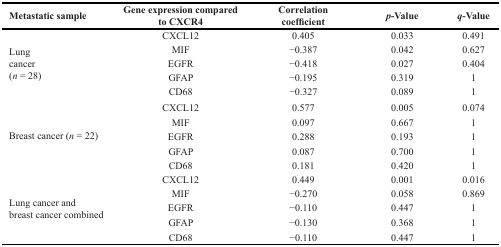
<table><thead><tr><td><b>Metastatic sample</b></td><td><b>Gene expression compared to CXCR4</b></td><td><b>Correlation coefficient</b></td><td><b><i>p</i>-Value</b></td><td><b><i>q</i>-Value</b></td></tr></thead><tbody><tr><td rowspan="5">Lungcancer(<i>n</i> = 28)</td><td>CXCL12</td><td>0.405</td><td>0.033</td><td>0.491</td></tr><tr><td>MIF</td><td>−0.387</td><td>0.042</td><td>0.627</td></tr><tr><td>EGFR</td><td>−0.418</td><td>0.027</td><td>0.404</td></tr><tr><td>GFAP</td><td>−0.195</td><td>0.319</td><td>1</td></tr><tr><td>CD68</td><td>−0.327</td><td>0.089</td><td>1</td></tr><tr><td rowspan="5">Breast cancer (<i>n</i> = 22)</td><td>CXCL12</td><td>0.577</td><td>0.005</td><td>0.074</td></tr><tr><td>MIF</td><td>0.097</td><td>0.667</td><td>1</td></tr><tr><td>EGFR</td><td>0.288</td><td>0.193</td><td>1</td></tr><tr><td>GFAP</td><td>0.087</td><td>0.700</td><td>1</td></tr><tr><td>CD68</td><td>0.181</td><td>0.420</td><td>1</td></tr><tr><td rowspan="5">Lung cancer andbreast cancer combined</td><td>CXCL12</td><td>0.449</td><td>0.001</td><td>0.016</td></tr><tr><td>MIF</td><td>−0.270</td><td>0.058</td><td>0.869</td></tr><tr><td>EGFR</td><td>−0.110</td><td>0.447</td><td>1</td></tr><tr><td>GFAP</td><td>−0.130</td><td>0.368</td><td>1</td></tr><tr><td>CD68</td><td>−0.110</td><td>0.447</td><td>1</td></tr></tbody></table>